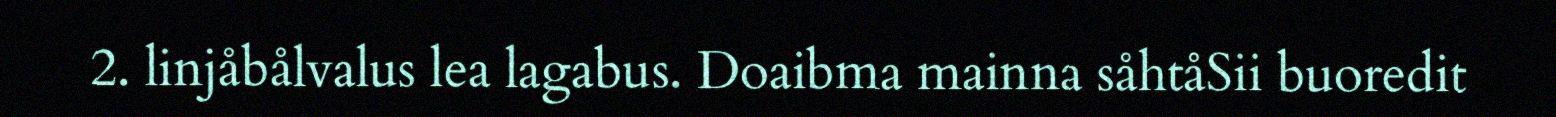
2. linjåbålvalus lea lagabus. Doaibma mainna såhtåSii buoredit